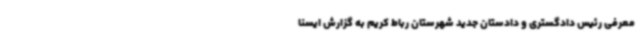
معرفی رئیس دادگستری و دادستان جدید شهرستان رباط کریم به گزارش ایسنا